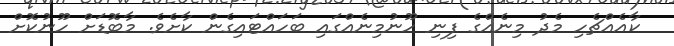
ކާއެއްޗެހި މެދު މިނެއްގެ ފިނި ހޫނުމިނެއްގައި ބަހައްޓައިގެން ކާށެވެ. މާބޮޑަށް ހޫނުކޮށް